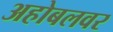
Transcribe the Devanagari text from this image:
अहोबलवर